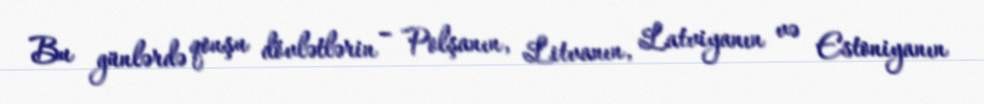
Bu günlərdə qonşu dövlətlərin – Polşanın, Litvanın, Latviyanın və Estoniyanın